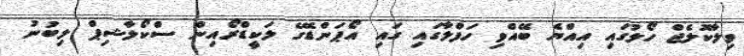
ވިލާކޮލެޖް ހޯލުގައި އިއްޔެ ބޭއްވި ހަފްލާގައި ގައި އޯޕަންޑޭގެ ލަކީޑްރޯއިން ސްކޯލާޝިޕް ލިބުނު